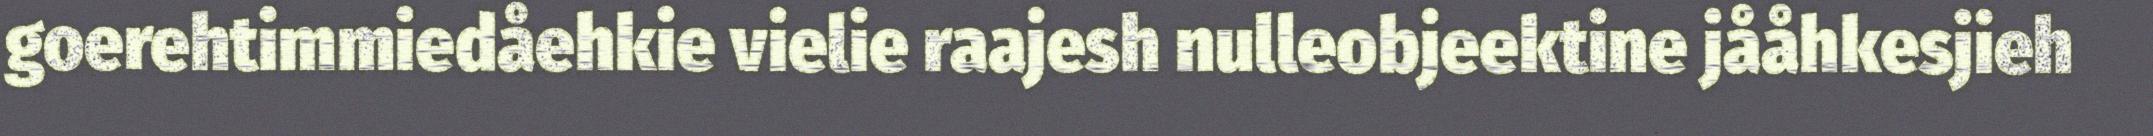
goerehtimmiedåehkie vielie raajesh nulleobjeektine jååhkesjieh